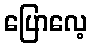
ပြောလေ့